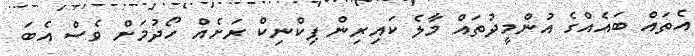
އެތައް ބައެއްގެ އުންމީދުތައް މާލެ ކައިރިން ޕިކްނިކް ރަށެއް ހޯދުމަށް ވެސް އެބަ